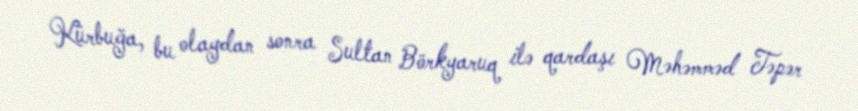
Kürbuğa, bu olaydan sonra Sultan Börkyaruq ilə qardaşı Məhəmməd Təpər